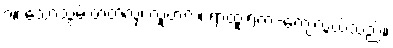
၇။ သော့သွမ်းတတ်လှ၊ လူဗာလ၊ ရာထူးရက-ကျေလွယ်သည်။